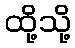
ထို့သို့